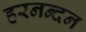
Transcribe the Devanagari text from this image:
हरनन्दन